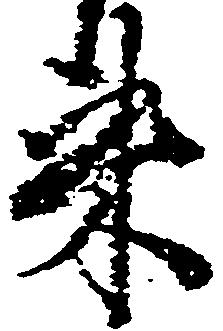
来